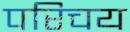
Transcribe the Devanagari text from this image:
परिचय